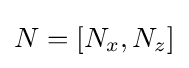
N=[N_{x},N_{z}]